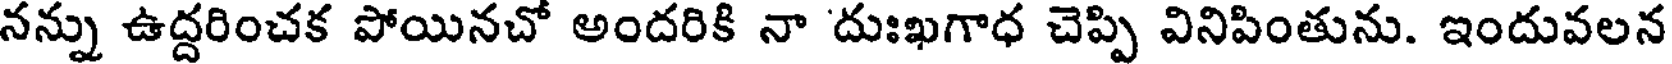
నన్ను ఉద్దరించక పోయినచో అందరికి నా దుఃఖగాధ చెప్పి వినిపింతును. ఇందువలన